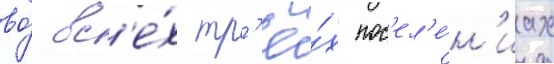
во́ вс'е́х тр'ё́х пос'ел'е́н'иах